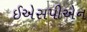
ઈએસપીએન